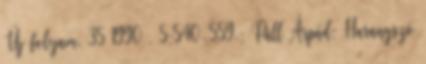
Új folyam. 35 1990 . 5:540-559.; Páll Árpád: Harangszó